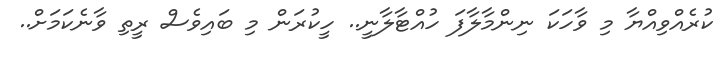
ކުރެއްވިއްޔާ މި ވާހަކަ ނިންމާލާފަ ހުއްޓާލާނީ.. ހީކުރަން މި ބައިވެސް ރީތި ވާނެކަމަށް..